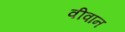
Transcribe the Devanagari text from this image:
वीवान